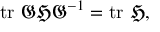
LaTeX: \operatorname { t r } \, { \mathfrak { G H G } } ^ { - 1 } = \operatorname { t r } \, { \mathfrak { H } } ,